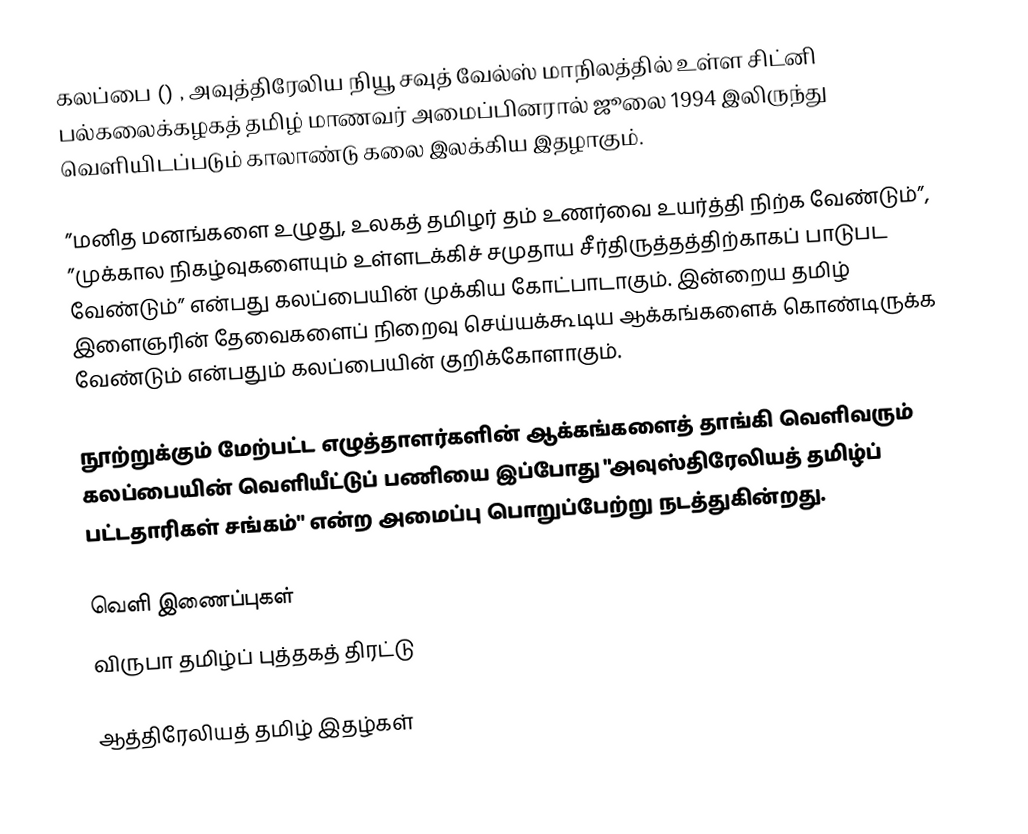
கலப்பை  () , அவுத்திரேலிய நியூ சவுத் வேல்ஸ் மாநிலத்தில் உள்ள சிட்னி பல்கலைக்கழகத் தமிழ் மாணவர் அமைப்பினரால் ஜூலை 1994 இலிருந்து வெளியிடப்படும் காலாண்டு கலை இலக்கிய இதழாகும்.

”மனித மனங்களை உழுது, உலகத் தமிழர் தம் உணர்வை உயர்த்தி நிற்க வேண்டும்”, ”முக்கால நிகழ்வுகளையும் உள்ளடக்கிச் சமுதாய சீர்திருத்தத்திற்காகப் பாடுபட வேண்டும்” என்பது கலப்பையின் முக்கிய கோட்பாடாகும். இன்றைய தமிழ் இளைஞரின் தேவைகளைப் நிறைவு செய்யக்கூடிய ஆக்கங்களைக் கொண்டிருக்க வேண்டும் என்பதும் கலப்பையின் குறிக்கோளாகும்.

நூற்றுக்கும் மேற்பட்ட எழுத்தாளர்களின் ஆக்கங்களைத் தாங்கி வெளிவரும் கலப்பையின் வெளியீட்டுப் பணியை இப்போது "அவுஸ்திரேலியத் தமிழ்ப் பட்டதாரிகள் சங்கம்" என்ற அமைப்பு பொறுப்பேற்று நடத்துகின்றது.

வெளி இணைப்புகள்
விருபா தமிழ்ப் புத்தகத் திரட்டு

ஆத்திரேலியத் தமிழ் இதழ்கள்